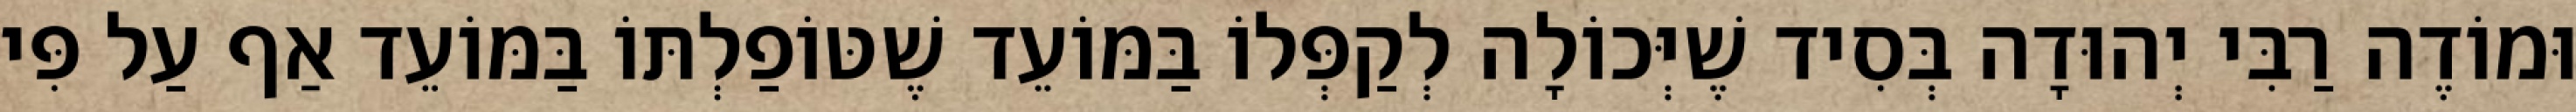
וּמוֹדֶה רַבִּי יְהוּדָה בְּסִיד שֶׁיְּכוֹלָה לְקַפְּלוֹ בַּמּוֹעֵד שֶׁטּוֹפַלְתּוֹ בַּמּוֹעֵד אַף עַל פִּי